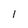
Character: l